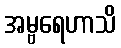
အမ္ဗရေဟာသိ